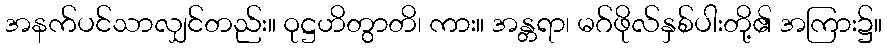
အနက်ပင်သာလျှင်တည်း။ ဝုဋ္ဌဟိတွာတိ၊ ကား။ အန္တရာ၊ မဂ်ဖိုလ်နှစ်ပါးတို့၏ အကြား၌။